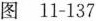
图11-137